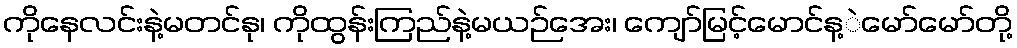
ကိုနေလင်းနဲ့မတင်နု၊ ကိုထွန်းကြည်နဲ့မယဉ်အေး၊ ကျော်မြင့်မောင်န့ဲမော်မော်တို့